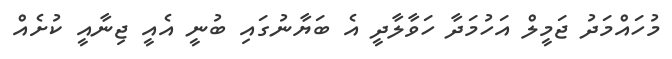
މުހައްމަދު ޖަމީލް އަހުމަދާ ހަވާލާދީ އެ ބަޔާނުގައި ބުނީ އެއީ ޖިނާއީ ކުށެއް